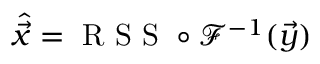
\hat { \vec { x } } = \mathrm { ~ R ~ S ~ S ~ } \circ \mathcal { F } ^ { - 1 } ( \vec { y } )